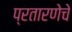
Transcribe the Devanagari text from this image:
प्रतारणेचे